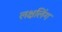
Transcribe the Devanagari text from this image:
लक्षलिंग